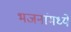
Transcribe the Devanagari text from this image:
भजनांमध्ये